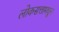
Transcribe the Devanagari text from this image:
लोकसत्तामधून